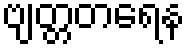
ဗျတ္တတရေန